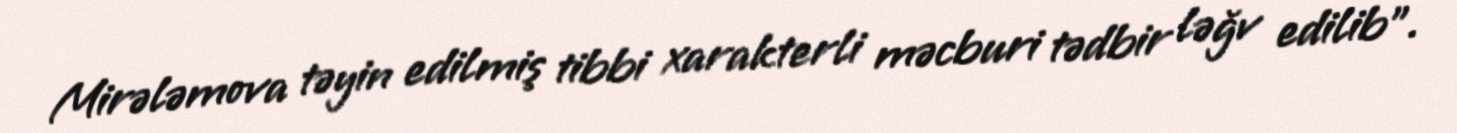
Mirələmova təyin edilmiş tibbi xarakterli məcburi tədbir ləğv edilib”.